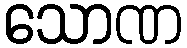
သောဏ